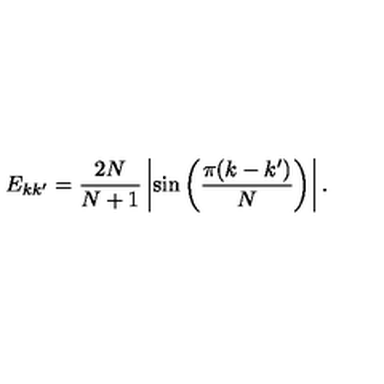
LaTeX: E _ { k k ^ { \prime } } = { \frac { 2 N } { N + 1 } } \left| \sin \left( { \frac { \pi ( k - k ^ { \prime } ) } { N } } \right) \right| .